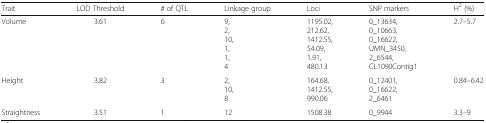
<table><thead><tr><td><b>Trait</b></td><td><b>LOD Threshold</b></td><td><b># of QTL</b></td><td><b>Linkage group</b></td><td><b>Loci</b></td><td><b>SNP markers</b></td><td><b>H<sup>2</sup> (%)</b></td></tr></thead><tbody><tr><td>Volume</td><td>3.61</td><td>6</td><td>9,2,10,1,1,4</td><td>1195.02,212.62, 1412.55,54.09,1.91,480.13</td><td>0_13634, 0_10663, 0_16622, UMN_3450, 2_6544, CL1090Contig1</td><td>2.7–5.7</td></tr><tr><td>Height</td><td>3.82</td><td>3</td><td>2,10,8</td><td>164.68,1412.55,990.06</td><td>0_12401, 0_16622,2_6461</td><td>0.84–6.42</td></tr><tr><td>Straightness</td><td>3.51</td><td>1</td><td>12</td><td>1508.38</td><td>0_9944</td><td>3.3–9</td></tr></tbody></table>